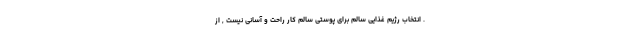
. انتخاب رژیم غذایی سالم برای پوستی سالم کار راحت و آسانی نیست , از